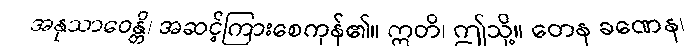
အနုသာဝေန္တိ၊ အဆင့်ကြားစေကုန်၏။ ဣတိ၊ ဤသို့။ တေန ခဏေန၊